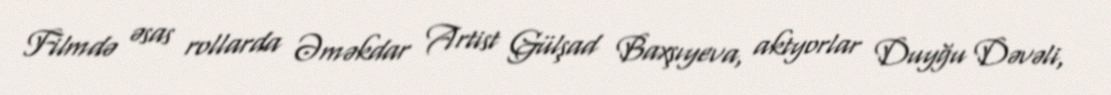
Filmdə əsas rollarda Əməkdar Artist Gülşad Baxşıyeva, aktyorlar Duyğu Dəvəli,